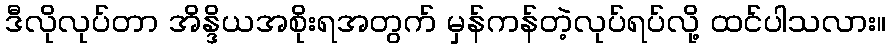
ဒီလိုလုပ်တာ အိန္ဒိယအစိုးရအတွက် မှန်ကန်တဲ့လုပ်ရပ်လို့ ထင်ပါသလား။